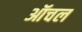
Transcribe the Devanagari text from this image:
ऑचल